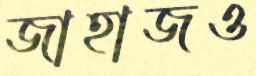
জাহাজও